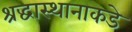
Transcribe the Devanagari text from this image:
श्रद्धास्थानाकडे